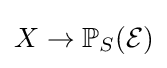
X\to \mathbb {P} _{S}({\mathcal {E}})